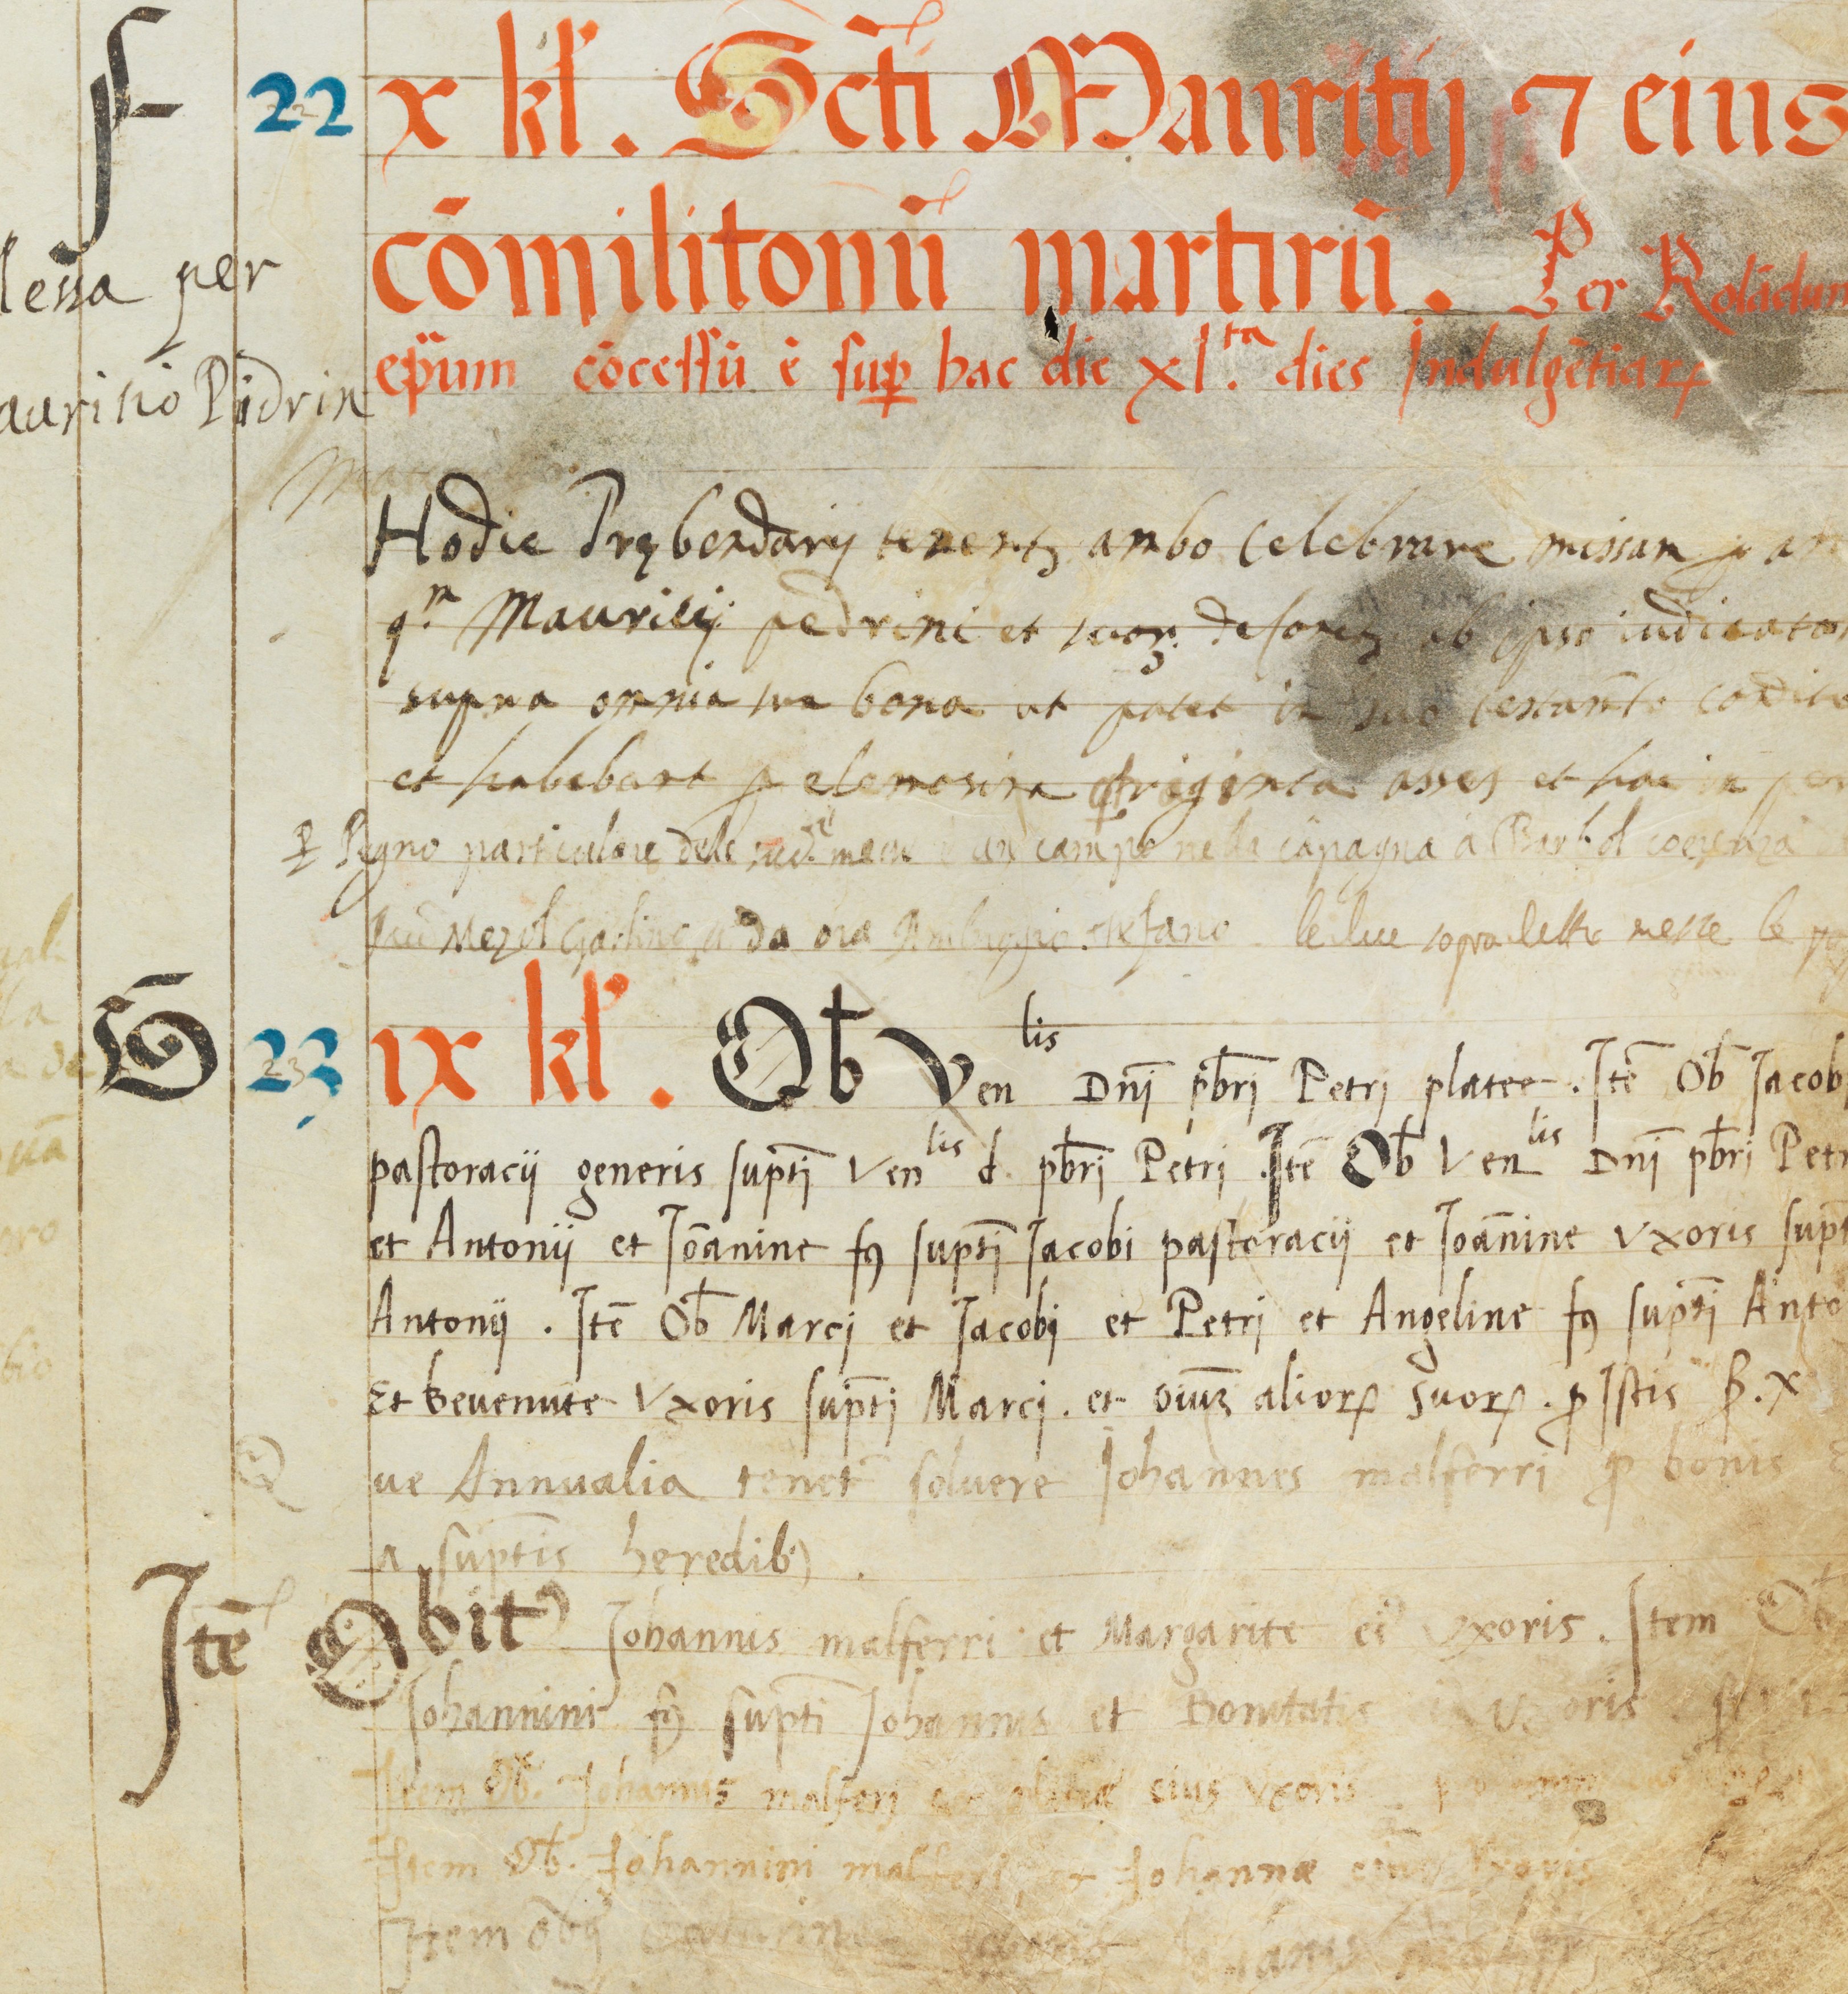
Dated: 1545–1555